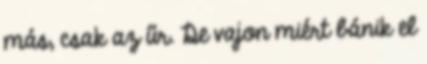
más, csak az űr. De vajon miért bánik el